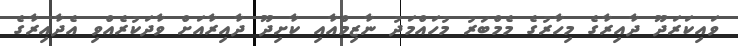
ވައިކަރަދޫ ދާއިރާގެ މިހާރުގެ މެމްބަރު މުހައްމަދު ނާޒިމްއާއި ކާށިދޫ ދާއިރާއަށް ވާދަކުރެއްވި އެދާއިރާގެ